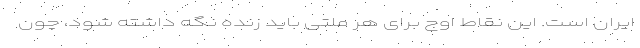
ایران است. این نقاط اوج برای هر ملتی باید زنده نگه داشته شود، چون